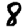
Digit: 8